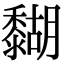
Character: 𪐉